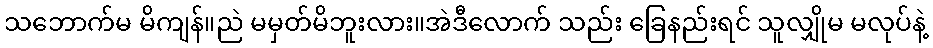
သဘောက်မ မိကျန်။ညဲ မမှတ်မိဘူးလား။အဲဒီလောက် သည်း ခြေနည်းရင် သူလျှိုမ မလုပ်နဲ့